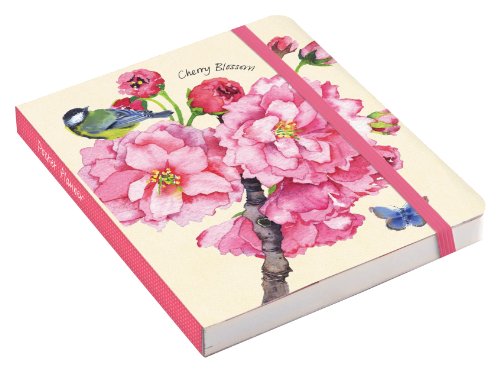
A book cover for Cherry Blossom Garden Pocket Planner; Galison; Calendars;